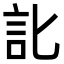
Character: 䚰